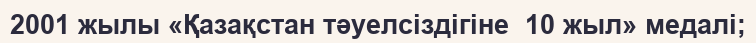
2001 жылы «Қазақстан тәуелсіздігіне  10 жыл» медалі;